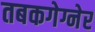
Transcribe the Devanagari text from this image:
तबकगेग्नेर